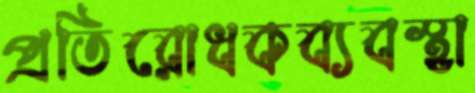
প্রতিরোধকব্যবস্থা